Annual report of the Punjab Veterinary College and of the Civil Veterinary Department, Punjab - 1909-1919
Year: 1909
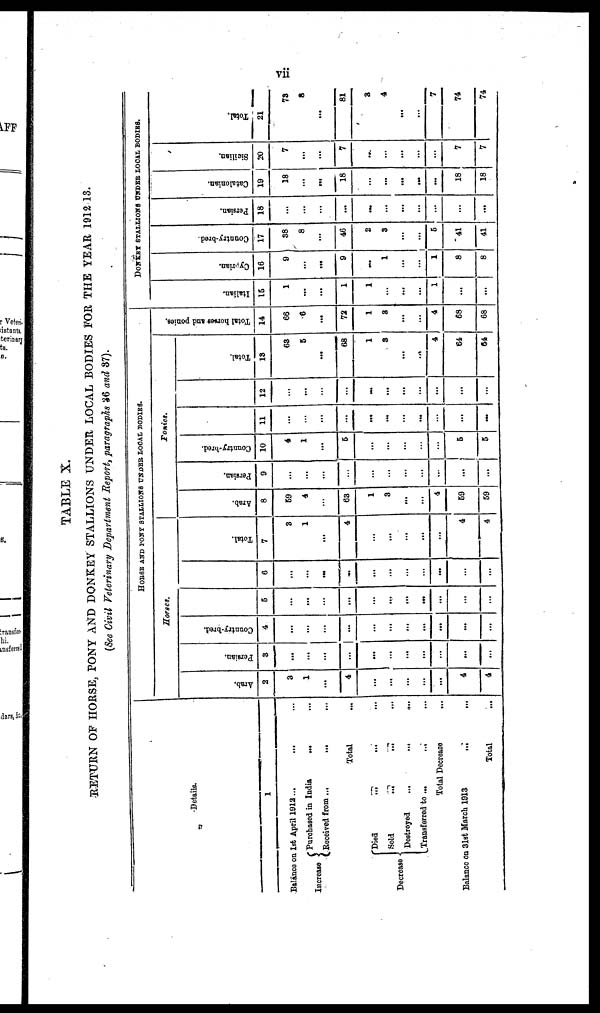
vii
TABLE X.
RETURN OF HORSE, PONY AND DONKEY STALLIONS UNDER LOCAL BODIES FOR THE YEAR 1912-13.
(See Civil Veterinary Department Report, paragraphs 36 and 37).
Details.
1
Balance on 1st April 1912 ...
...
...
Increase
Purchased in India
...
Received from ...
...
...
Total
Decrease
Died ... ... ...
Sold ... ... ...
Destroyed
...
...
...
Transferred to ...
...
Total Decrease
...
Balance on 31st March 1913
...
...
Total
HORSE AND PONY STALLIONS UNDER LOCAL BODIES.
Horses.
Arab.
2
3
1
...
4
...
...
...
...
...
4
4
Persian.
3
...
...
...
...
...
...
...
...
...
...
...
Country-bred.
4
...
...
...
...
...
...
...
...
...
...
...
5
...
...
...
...
...
...
...
...
...
...
...
6
...
...
...
...
...
...
...
...
...
...
...
Total.
7
3
1
...
4
...
...
...
...
...
4
4
Ponies.
Arab.
8
59
4
63
1
3
...
...
4
59
59
Persian.
9
...
...
...
...
...
...
...
...
...
...
Country-bred.
10
4
1
...
5
...
...
...
...
...
5
5
11
...
...
...
...
...
...
...
...
...
...
...
12
...
...
...
...
...
...
...
...
...
...
Total.
13
69
5
...
...
68
1
3
...
...
4
64
64
Total horses and ponies.
14
66
6
...
72
1
3
...
...
4
68
68
DONKEY STALLIONS UNDER LOCAL BODIES.
Italian.
15
1
...
...
1
1
....
...
...
1
...
...
Cypr i
an.
16
9
...
...
9
...
1
...
...
1
8
8
Count r
y- br e d.
17
38
8
...
46
2
3
...
...
5
41
41
Per s i
an.
18
...
...
...
...
...
...
...
...
...
...
...
Ca t
a l
oni a n.
19
18
...
...
18
...
...
...
...
...
18
18
Sicilian.
20
7
...
...
7
...
...
...
...
...
7
7
Tot al .
21
73
8
...
81
3
4
...
...
7
74
74